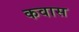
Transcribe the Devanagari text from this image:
कवास